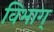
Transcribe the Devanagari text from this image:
विभाग्